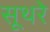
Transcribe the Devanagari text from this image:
सूथरे